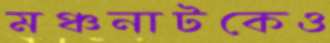
মঞ্চনাটকেও